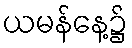
ယမန်နေ့၌